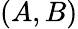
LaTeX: (A,B)